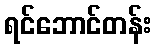
ရင်ဘောင်တန်း